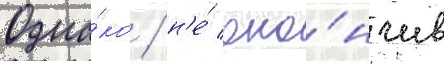
Одна́ко / н'е́ око́нчив